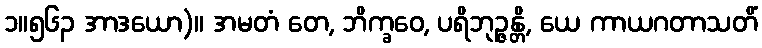
၁။၅၆၃ အာဒယော)။ အမတံ တေ, ဘိက္ခဝေ, ပရိဘုဉ္ဇန္တိ, ယေ ကာယဂတာသတိံ